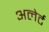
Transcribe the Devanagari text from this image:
अलेर्ट